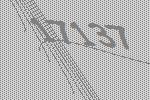
17137